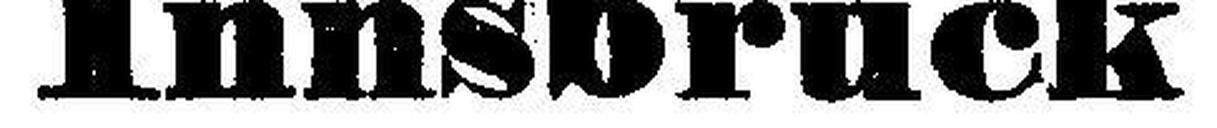
Innsbruch